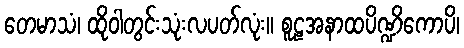
တေမာသံ၊ ထိုဝါတွင်းသုံးလပတ်လုံး။ စူဠအနာထပိဏ္ဍိကောပိ၊